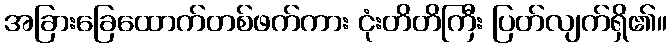
အခြားခြေထောက်တစ်ဖက်ကား ငုံးတိတိကြီး ပြတ်လျက်ရှိ၏။